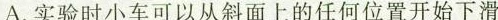
A.实验时小车可以从斜面上的任何位置开始下滑